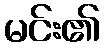
မင်း၏